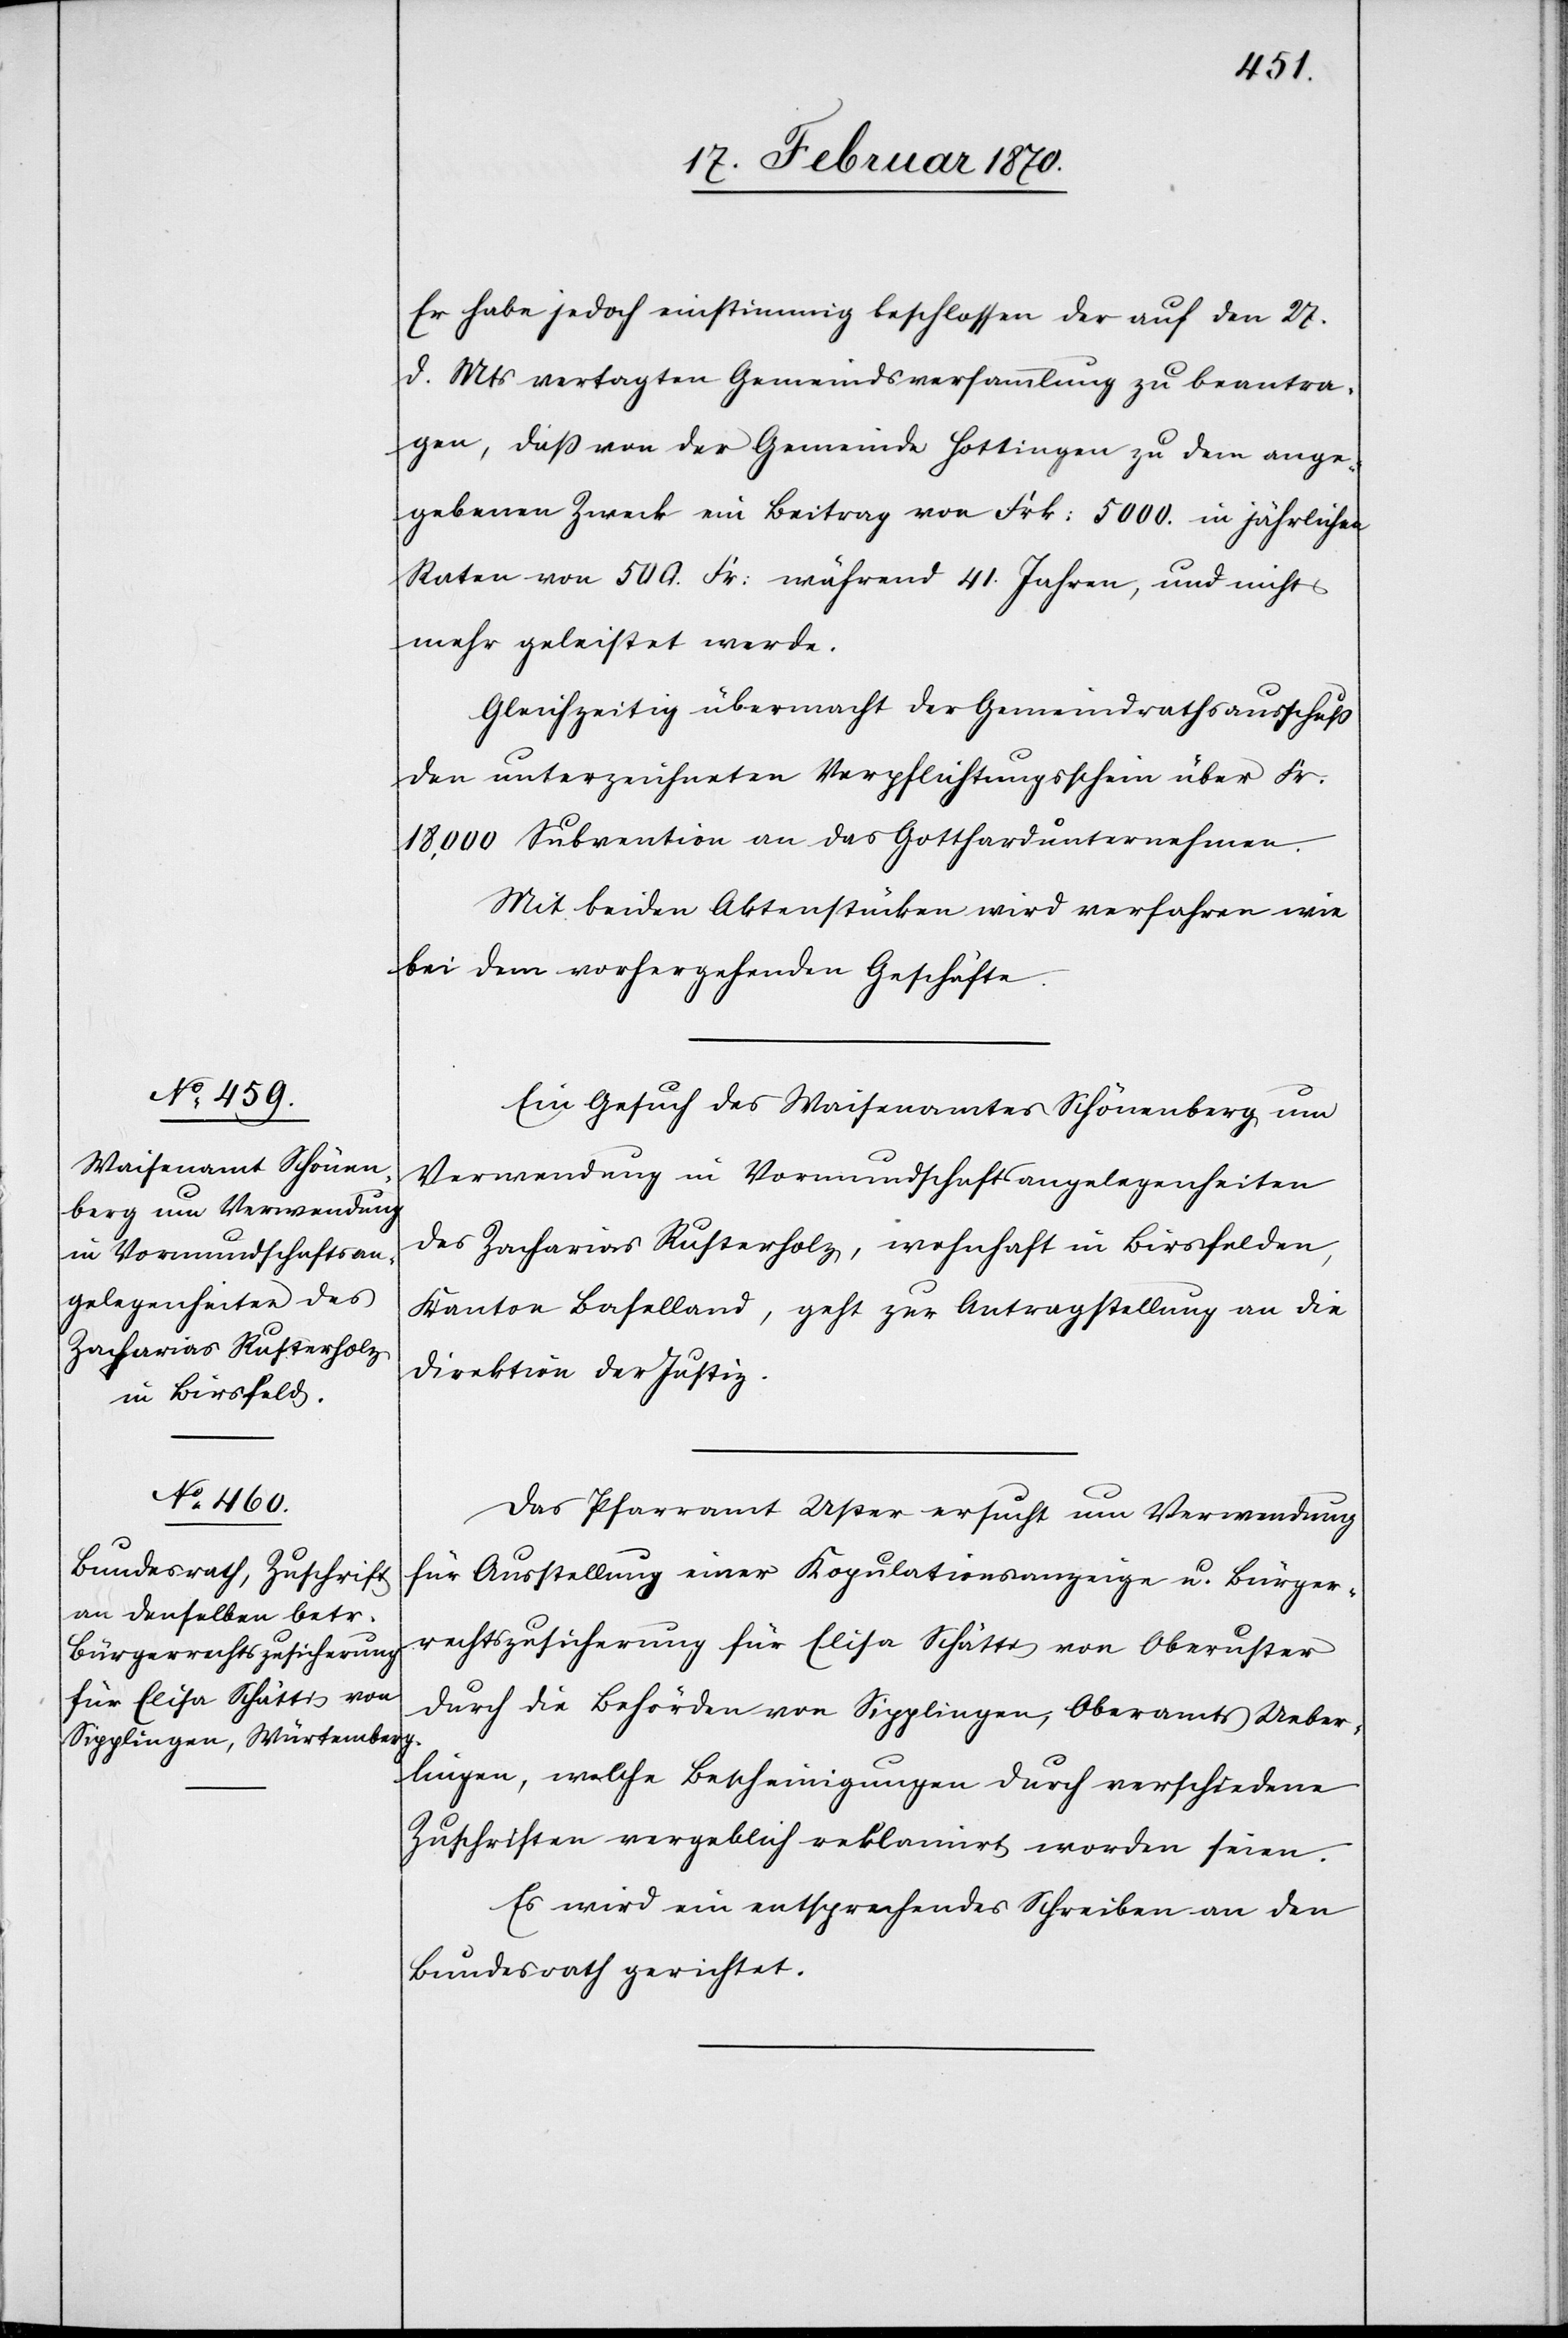
19. Februar 1870.]
Er habe jedoch einstimmig beschlossen der auf den 27.
d. Mts vertagten Gemeindsversammlung zu beantra¬
gen, dass von der Gemeinde Hottingen zu dem ange¬
gebenen Zweck ein Beitrag von Frk: 5000. in jährlichen
Raten von 500. Fr: während 41. Jahren [sic!], und nicht
mehr geleistet werde.
Gleichzeitig übermacht der Gemeindrathsausschuss
den unterzeichneten Verpflichtungsschein über Fr.
18,000 Subvention an das Gotthardunternehmen.
Mit beiden Aktenstücken wird verfahren wie
bei dem vorhergehenden Geschäfte.
Ein Gesuch des Waisenamtes Schönenberg um
Verwendung in Vormundschaftsangelegenheiten
des Zacharias Rusterholz, wohnhaft in Birsfelden,
Kanton Baselland, geht zur Antragstellung an die
Direktion der Justiz.
Das Pfarramt Uster ersucht um Verwendung
für Ausstellung einer Kopulationsanzeige u. Bürger¬
rechtszusicherung für Elisa Schättis von Oberuster
durch die Behörden von Sipplingen, Oberamts Ueber¬
lingen, welche Bescheinigungen durch verschiedene
Zuschriften vergeblich reklamirt worden seien.
Es wird ein entsprechendes Schreiben an den
Bundesrath gerichtet.